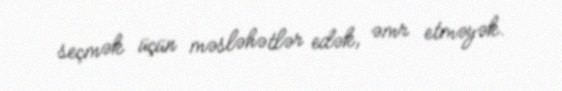
seçmək üçün məsləhətlər edək, əmr etməyək.